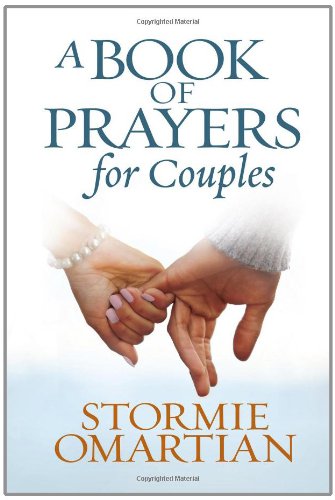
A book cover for A Book of Prayers for Couples; Stormie Omartian; Christian Books & Bibles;